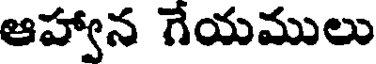
ఆహ్వాన గేయములు